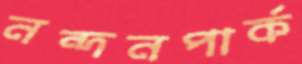
নন্দনপার্ক